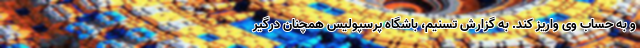
و به حساب وی واریز کند. به گزارش تسنیم، باشگاه پرسپولیس همچنان درگیر